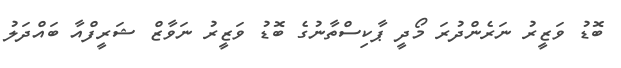
ބޮޑު ވަޒީރު ނަރެންދުރަ މޯދީ ޕާކިސްތާނުގެ ބޮޑު ވަޒީރު ނަވާޒް ޝަރީފްއާ ބައްދަލު